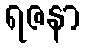
ရဇနာ